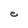
Character: e